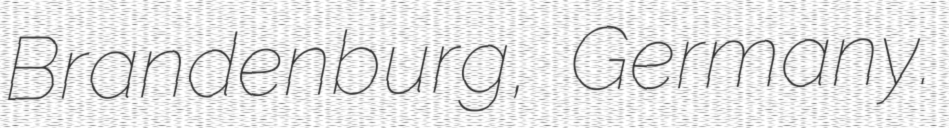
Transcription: Brandenburg, Germany.